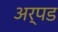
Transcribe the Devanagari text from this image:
अर्पड